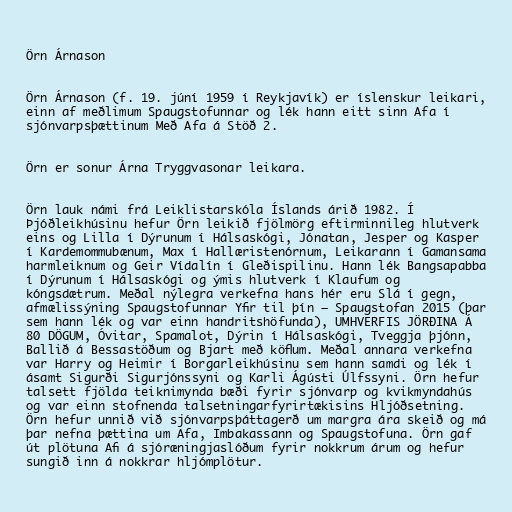
Örn Árnason

Örn Árnason (f. 19. júní 1959 í Reykjavík) er íslenskur leikari,
einn af meðlimum Spaugstofunnar og lék hann eitt sinn Afa í
sjónvarpsþættinum Með Afa á Stöð 2.

Örn er sonur Árna Tryggvasonar leikara.

Örn lauk námi frá Leiklistarskóla Íslands árið 1982. Í
Þjóðleikhúsinu hefur Örn leikið fjölmörg eftirminnileg hlutverk
eins og Lilla í Dýrunum í Hálsaskógi, Jónatan, Jesper og Kasper
í Kardemommubænum, Max í Hallæristenórnum, Leikarann í Gamansama
harmleiknum og Geir Vídalín í Gleðispilinu. Hann lék Bangsapabba
í Dýrunum í Hálsaskógi og ýmis hlutverk í Klaufum og
kóngsdætrum. Meðal nýlegra verkefna hans hér eru Slá í gegn,
afmælissýning Spaugstofunnar Yfir til þín – Spaugstofan 2015 (þar
sem hann lék og var einn handritshöfunda), UMHVERFIS JÖRÐINA Á
80 DÖGUM, Óvitar, Spamalot, Dýrin í Hálsaskógi, Tveggja þjónn,
Ballið á Bessastöðum og Bjart með köflum. Meðal annara verkefna
var Harry og Heimir í Borgarleikhúsinu sem hann samdi og lék í
ásamt Sigurði Sigurjónssyni og Karli Ágústi Úlfssyni. Örn hefur
talsett fjölda teiknimynda bæði fyrir sjónvarp og kvikmyndahús
og var einn stofnenda talsetningarfyrirtækisins Hljóðsetning.
Örn hefur unnið við sjónvarpsþáttagerð um margra ára skeið og má
þar nefna þættina um Afa, Imbakassann og Spaugstofuna. Örn gaf
út plötuna Afi á sjóræningjaslóðum fyrir nokkrum árum og hefur
sungið inn á nokkrar hljómplötur.